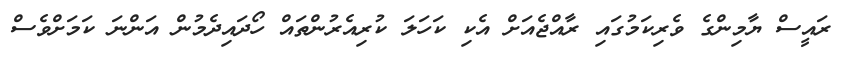
ރައީސް ޔާމިންގެ ވެރިކަމުގައި ރާއްޖެއަށް އެކި ކަހަލަ ކުރިއެރުންތައް ހޯދައިދެމުން އަންނަ ކަމަށްވެސް